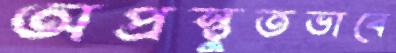
অপ্রস্তুতভাবে